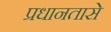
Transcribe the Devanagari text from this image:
प्रधानतासे